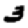
Digit: 3